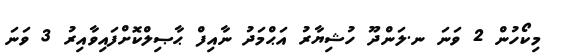
މިކޯހުން 2 ވަނަ ނ.ލަންދޫ ހުޝިޔާރު އަޙްމަދު ނާއިފް ޙާޞިލްކޮށްފައިވާއިރު 3 ވަނަ